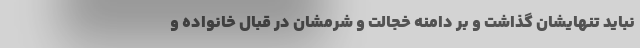
نباید تنهایشان گذاشت و بر دامنه خجالت و شرمشان در قبال خانواده و